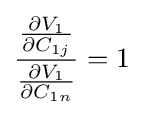
{\frac {\frac {\partial V_{1}}{\partial C_{1j}}}{\frac {\partial V_{1}}{\partial C_{1n}}}}=1\;